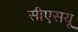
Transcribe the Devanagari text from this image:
सीएसयू